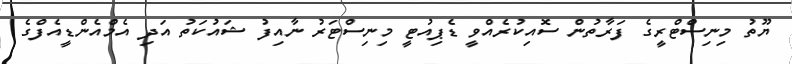
ޔޫތު މިނިސްޓްރީގެ ފަރާތުން ސޮއިކުރެއްވީ ޑެޕިއުޓީ މިނިސްޓަރު ނާއިފު ޝައުކަތު އަދި އެމްއެންޑީއެފްގެ